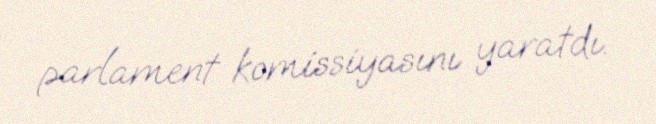
parlament komissiyasını yaratdı.